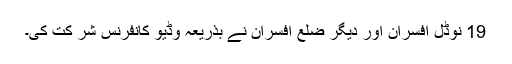
19 نوڈل اَفسران اور دیگر ضلع افسران نے بذریعہ وڈیو کانفرنس شر کت کی۔